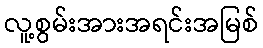
လူ့စွမ်းအားအရင်းအမြစ်